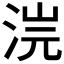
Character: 𣵘